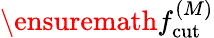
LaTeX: \ensuremath{f_{\mathrm{cut}}^{(M)}}